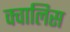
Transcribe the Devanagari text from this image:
क्वालिस